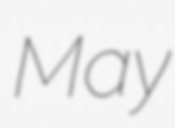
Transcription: May